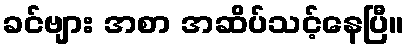
ခင်ဗျား အစာ အဆိပ်သင့်နေပြီ။